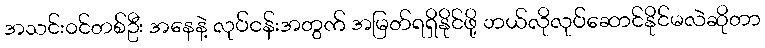
အသင်း၀င်တစ်ဦး အနေနဲ့ လုပ်ငန်းအတွက် အမြတ်ရရှိနိုင်ဖို့ ဘယ်လိုလုပ်ဆောင်နိုင်မလဲဆိုတာ